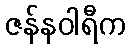
ဇန်နဝါရီက